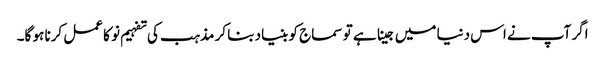
اگر آپ نے اس دنیا میں جینا ہے تو سماج کو بنیاد بنا کر مذہب کی تفہیم نو کا عمل کرنا ہو گا۔